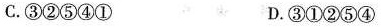
C.③②⑤④① D.③①②⑤④